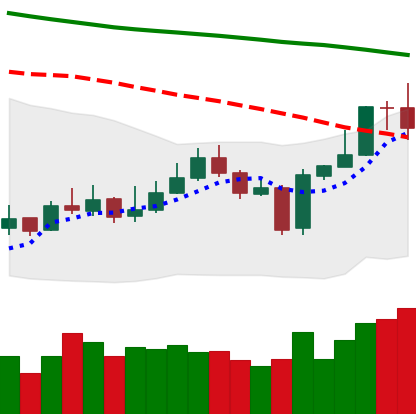
Ticker: EOS-USD
Chart end date: 2020-01-08
Forward return: 11.505%
Label: up_7plus